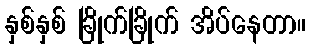
နှစ်နှစ် ခြိုက်ခြိုက် အိပ်နေတာ။